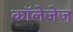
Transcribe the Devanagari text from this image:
कॉलेजेज